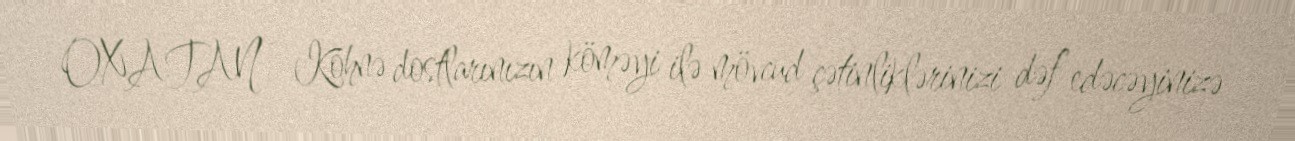
OXATAN – Köhnə dostlarınızın köməyi ilə mövcud çətinliklərinizi dəf edəcəyinizə